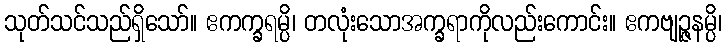
သုတ်သင်သည်ရှိသော်။ ဧကက္ခရမ္ပိ၊ တလုံးသောအက္ခရာကိုလည်းကောင်း။ ဧကဗျဉ္ဇနမ္ပိ၊